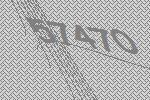
57470